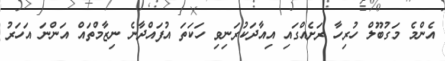
އެންމެ މަގުބޫލް ހުރިހާ ރަށެއްގައި އިއާދަކުރަނިވި ހަކަތަ އުފައްދާނެ ނިޒާމްތައް އަންނަ އަހަރު